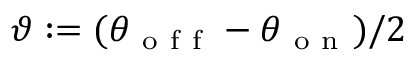
\vartheta : = ( \theta _ { \mathrm { ~ o ~ f ~ f ~ } } - \theta _ { \mathrm { ~ o ~ n ~ } } ) / 2